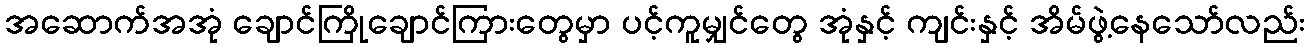
အဆောက်အအုံ ချောင်ကြိုချောင်ကြားတွေမှာ ပင့်ကူမျှင်တွေ အုံနှင့် ကျင်းနှင့် အိမ်ဖွဲ့နေသော်လည်း